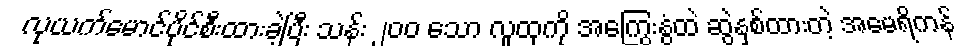
လုယက်မောင်ပိုင်စီးထားခဲ့ပြီး သန်း ၂၀၀ သော လူထုကို အကြွေးနွံထဲ ဆွဲနှစ်ထားတဲ့ အမေရိကန်